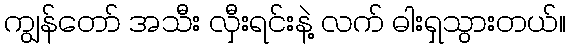
ကျွန်တော် အသီး လှီးရင်းနဲ့ လက် ဓါးရှသွားတယ်။